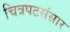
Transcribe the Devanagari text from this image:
चित्रपटसंसार